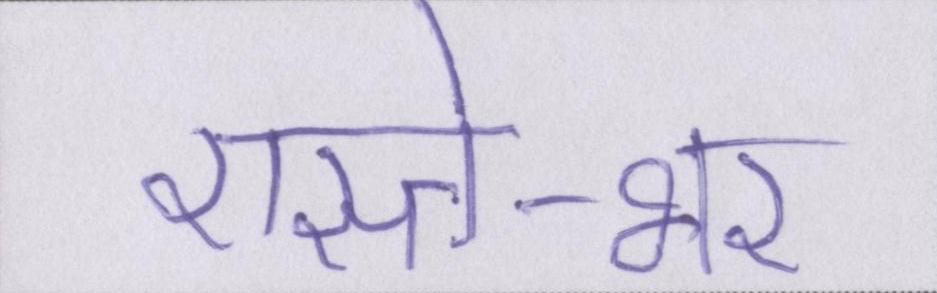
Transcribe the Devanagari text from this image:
रास्ते-भर